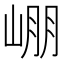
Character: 𡹔